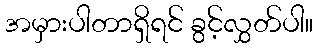
အမှားပါတာရှိရင် ခွင့်လွှတ်ပါ။